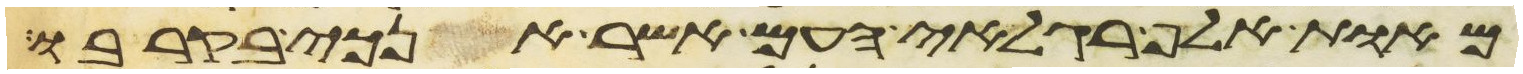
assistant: מאות אלף רגלאי העם אשר אנכי בקרבו